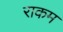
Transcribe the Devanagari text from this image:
राकम